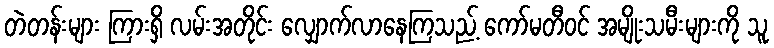
တဲတန်းများ ကြားရှိ လမ်းအတိုင်း လျှောက်လာနေကြသည့် ကော်မတီဝင် အမျိုးသမီးများကို သူ